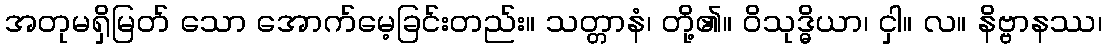
အတုမရှိမြတ် သော အောက်မေ့ခြင်းတည်း။ သတ္တာနံ၊ တို့၏။ ဝိသုဒ္ဓိယာ၊ ငှါ။ လ။ နိဗ္ဗာနဿ၊